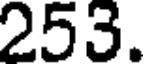
253.